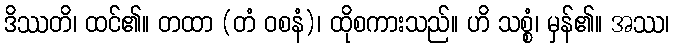
ဒိဿတိ၊ ထင်၏။ တထာ (တံ ဝစနံ)၊ ထိုစကားသည်။ ဟိ သစ္စံ၊ မှန်၏။ အဿ၊